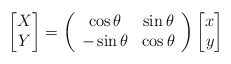
\begin{align*} \begin{bmatrix} X \\ Y \end{bmatrix} = \left(\begin{array}{cc}\cos \theta & \sin \theta \\ -\sin \theta & \cos \theta \end{array} \right) \begin{bmatrix} x \\ y \end{bmatrix} \end{align*}